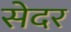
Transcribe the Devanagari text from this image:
सेदर